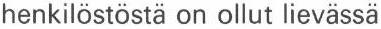
henkilöstöstä on ollut lievässä